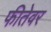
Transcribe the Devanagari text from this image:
फीतेवर